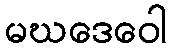
မဃဒေဝေါ